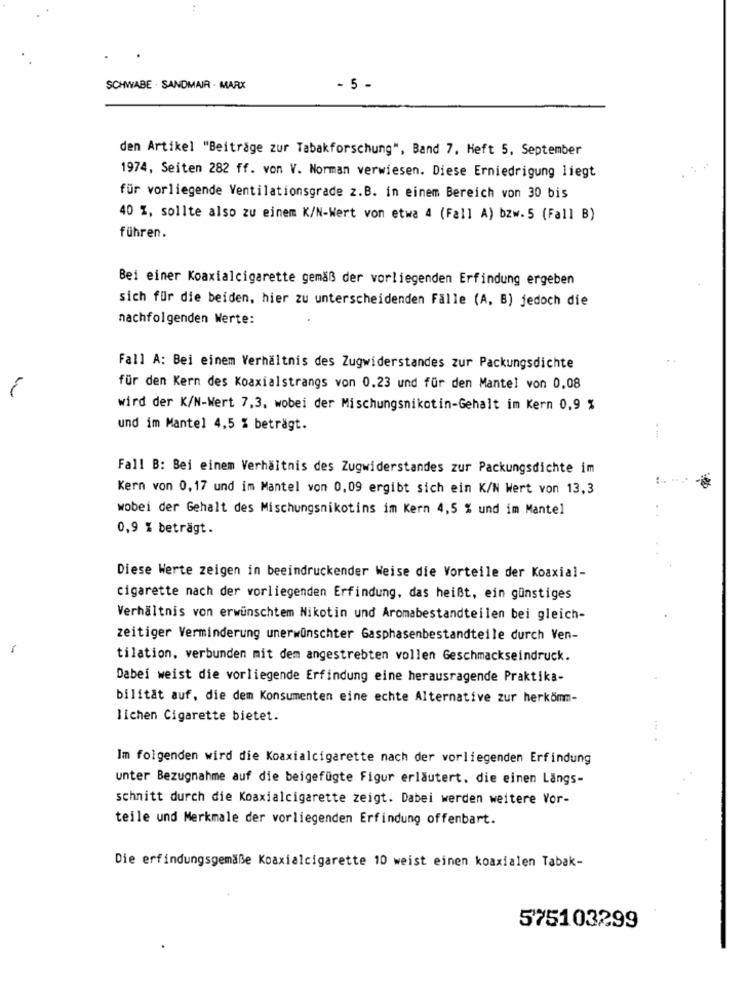
SCHWABE . SANDMAIR - MARX
- 5 -
den Artikel "Beiträge zur Tabakforschung", Band 7, Heft 5, September
1974, Seiten 282 ff. von V. Norman verwiesen. Diese Erniedrigung liegt
für vorliegende Ventilationsgrade z.B. in einem Bereich von 30 bis
40 %, sollte also zu einem K/N-Wert von etwa 4 (Fall A) bzw.5 (Fall B)
führen.
Bei einer Koaxialcigarette gemäß der vorliegenden Erfindung ergeben
sich für die beiden, hier zu unterscheidenden Fälle (A, B) jedoch die
nachfolgenden Werte:
Fall A: Bei einem Verhältnis des Zugwiderstandes zur Packungsdichte
für den Kern des Koaxialstrangs von 0.23 und für den Mantel von 0,08
wird der K/N-Wert 7,3, wobei der Mischungsnikotin-Gehalt im Kern 0,9 %
und im Mantel 4,5 % beträgt.
Fall B: Bei einem Verhältnis des Zugwiderstandes zur Packungsdichte im
:
Kern von 0,17 und im Mantel von 0,09 ergibt sich ein K/N Wert von 13,3
wobei der Gehalt des Mischungsnikotins im Kern 4,5 % und im Mantel
0,9 % beträgt.
Diese Werte zeigen in beeindruckender Weise die Vorteile der Koaxial-
cigarette nach der vorliegenden Erfindung, das heißt, ein günstiges
Verhältnis von erwünschtem Nikotin und Aromabestandteilen bei gleich-
zeitiger Verminderung unerwünschter Gasphasenbestandteile durch Ven-
tilation, verbunden mit dem angestrebten vollen Geschmackseindruck.
Dabei weist die vorliegende Erfindung eine herausragende Praktika-
bilität auf, die dem Konsumenten eine echte Alternative zur herkömm-
lichen Cigarette bietet.
Im folgenden wird die Koaxialcigarette nach der vorliegenden Erfindung
unter Bezugnahme auf die beigefügte Figur erläutert. die einen Längs-
schnitt durch die Koaxialcigarette zeigt. Dabei werden weitere Vor-
teile und Merkmale der vorliegenden Erfindung offenbart.
Die erfindungsgemäße Koaxialcigarette 10 weist einen koaxialen Tabak-
575103299